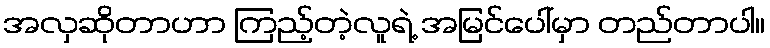
အလှဆိုတာဟာ ကြည့်တဲ့လူရဲ့ အမြင်ပေါ်မှာ တည်တာပါ။